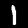
Label: 1